画像に写った文字を読んでください
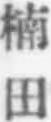
「楠田」と書いてあります